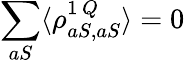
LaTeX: \sum_{aS}\langle\rho_{aS,aS}^{1\, Q}\rangle=0